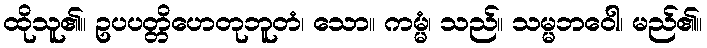
ထိုသူ၏။ ဥပပတ္တိဟေတုဘူတံ၊ သော။ ကမ္မံ၊ သည်။ သမ္မဘဝေါ၊ မည်၏။